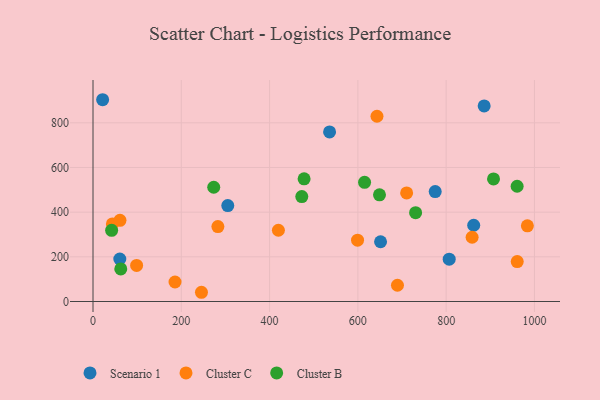
{"axis": {"x": "Price", "y": "Profit"}, "legend": ["Cluster B", "Cluster C", "Scenario 1"], "data": [{"x": "535.9", "y": 759.3, "type": "Scenario 1"}, {"x": "60.7", "y": 190.3, "type": "Scenario 1"}, {"x": "862.4", "y": 341.3, "type": "Scenario 1"}, {"x": "21.8", "y": 903.4, "type": "Scenario 1"}, {"x": "806.9", "y": 189.7, "type": "Scenario 1"}, {"x": "886.1", "y": 875.5, "type": "Scenario 1"}, {"x": "651.4", "y": 267.5, "type": "Scenario 1"}, {"x": "775.2", "y": 492.1, "type": "Scenario 1"}, {"x": "305.3", "y": 429.7, "type": "Scenario 1"}, {"x": "643.3", "y": 829.5, "type": "Cluster C"}, {"x": "185.8", "y": 87.4, "type": "Cluster C"}, {"x": "245.7", "y": 41.3, "type": "Cluster C"}, {"x": "43.9", "y": 347.4, "type": "Cluster C"}, {"x": "710.5", "y": 486.3, "type": "Cluster C"}, {"x": "282.9", "y": 335.4, "type": "Cluster C"}, {"x": "689.7", "y": 72.8, "type": "Cluster C"}, {"x": "599.3", "y": 274.6, "type": "Cluster C"}, {"x": "61.1", "y": 363.5, "type": "Cluster C"}, {"x": "858.8", "y": 287.7, "type": "Cluster C"}, {"x": "420.0", "y": 319.0, "type": "Cluster C"}, {"x": "961.0", "y": 178.8, "type": "Cluster C"}, {"x": "98.8", "y": 161.4, "type": "Cluster C"}, {"x": "984.0", "y": 338.8, "type": "Cluster C"}, {"x": "907.3", "y": 548.7, "type": "Cluster B"}, {"x": "478.2", "y": 549.2, "type": "Cluster B"}, {"x": "42.2", "y": 318.6, "type": "Cluster B"}, {"x": "473.0", "y": 469.9, "type": "Cluster B"}, {"x": "649.0", "y": 477.8, "type": "Cluster B"}, {"x": "273.5", "y": 511.5, "type": "Cluster B"}, {"x": "615.2", "y": 533.6, "type": "Cluster B"}, {"x": "62.9", "y": 145.8, "type": "Cluster B"}, {"x": "730.8", "y": 397.9, "type": "Cluster B"}, {"x": "960.8", "y": 515.9, "type": "Cluster B"}]}